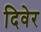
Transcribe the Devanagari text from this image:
दिवेर